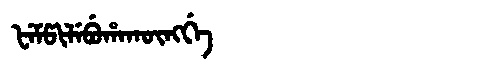
Manchu: ᡶᡝᠮᡦᡳᠯᡝᠪᡠᡥᠠᡴᡡᠩᡤᡝ
Romanization: FEMPILEBUHAKŪNGGE